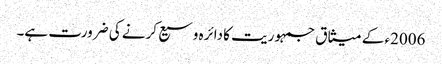
2006ء کے میثاق جمہوریت کا دائرہ وسیع کرنے کی ضرورت ہے۔